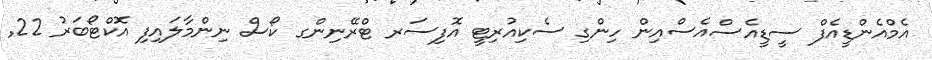
އެމްއެންޑީއެފް ސީޑީއެސްއެސްއިން ހިންގި ސެކިއުރިޓީ އޮފިސަރ ޓްރޭނިންގ ކޯސް ނިންމާލައިފި އޮކްޓޯބަރު 22